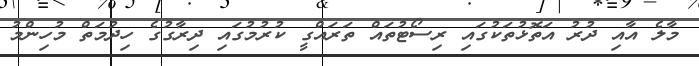
މާލެ އާއި ދުރު އަތޮޅުތަކުގައި ރިސޯޓުތައް ތަރައްގީ ކުރުމުގައި ދިރާގުގެ ހިދުމަތް މުހިންމު